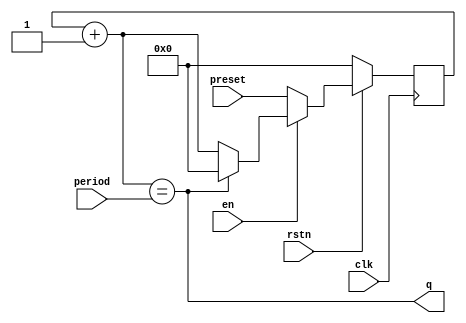
`timescale 1ns / 1ps
//////////////////////////////////////////////////////////////////////////////////
// Company: 
// Engineer: 
// 
// Design Name: 
// Module Name:    uart 
// Project Name: 
// Target Devices: 
// Tool versions: 
// Description: 
//
// Dependencies: 
//
// Revision: 
// Revision 0.01 - File Created
// Additional Comments: 
//
//////////////////////////////////////////////////////////////////////////////////
module uart_count (
    input wire clk,
    input wire rstn,
    input wire en,
    input wire [15:0] period,
    input wire [15:0] preset,   // preset value
    output wire q
);

    reg [15:0] count;

    always @(posedge clk) begin
        if (~rstn) begin
            count <= 0;
        end
        else begin
            if (en) begin
                if (count + 16'd1 == period) begin
                    count <= 16'd0;
                end
                else begin
                    count <= count + 16'd1;
                end
            end
            else begin
                count <= preset;
            end
        end
    end

    assign q = count + 16'd1 == period;

endmodule